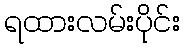
ရထားလမ်းပိုင်း